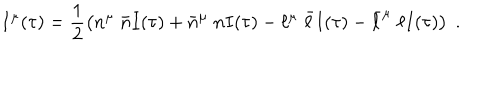
LaTeX: I ^ { \mu } ( \tau ) = \frac { 1 } { 2 } \left( n ^ { \mu } \; \bar { n } I ( \tau ) + \bar { n } ^ { \mu } \; n I ( \tau ) - \ell ^ { \mu } \; \bar { \ell } I ( \tau ) - \bar { \ell } ^ { \mu } \; \ell I ( \tau ) \right) \; .